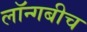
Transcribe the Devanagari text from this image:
लॉन्गबीच